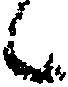
候